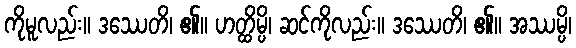
ကိုမူလည်း။ ဒဿေတိ၊ ၏။ ဟတ္ထိမ္ပိ၊ ဆင်ကိုလည်း။ ဒဿေတိ၊ ၏။ အဿမ္ပိ၊